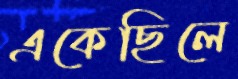
একেছিলে